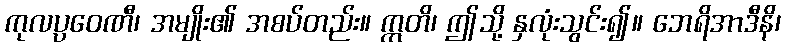
ကုလပ္ပဝေဏီ၊ အမျိုး၏ အစပ်တည်း။ ဣတိ၊ ဤသို့ နှလုံးသွင်း၍။ ဘေရိအာဒီနိ၊